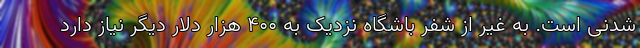
شدنی است. به غیر از شفر باشگاه نزدیک به ۴۰۰ هزار دلار دیگر نیاز دارد